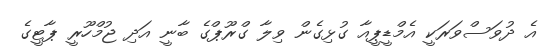
އެ ދުވަސްވަރަކީ އެމްޑީޕީއާ ގުޅިގެން ވިލާ ގްރޫޕްގެ ބާނީ އަދި ޖުމްހޫރީ ޕާޓީގެ